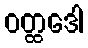
ဝတ္ထဒေါ